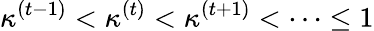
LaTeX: \kappa^{(t-1)}<\kappa^{(t)}<\kappa^{(t+1)}<\dots\leq 1